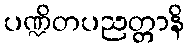
ပဏ္ဍိတပညတ္တာနိ